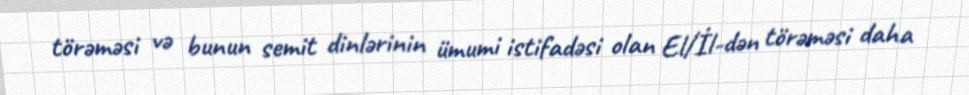
törəməsi və bunun semit dinlərinin ümumi istifadəsi olan El/İl-dən törəməsi daha